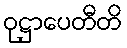
ဝုဋ္ဌာပေတီတိ